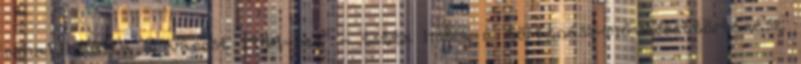
rehabilitálta a várost 1444-ben" - tette hozzá a történész-művészettörténész.